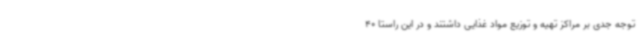
توجه جدی بر مراکز تهیه و توزیع مواد غذایی داشتند و در این راستا 40